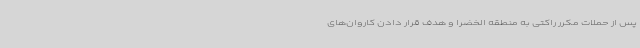
پس از حملات مکرر راکتی به منطقه الخضرا و هدف قرار دادن کاروان‌های